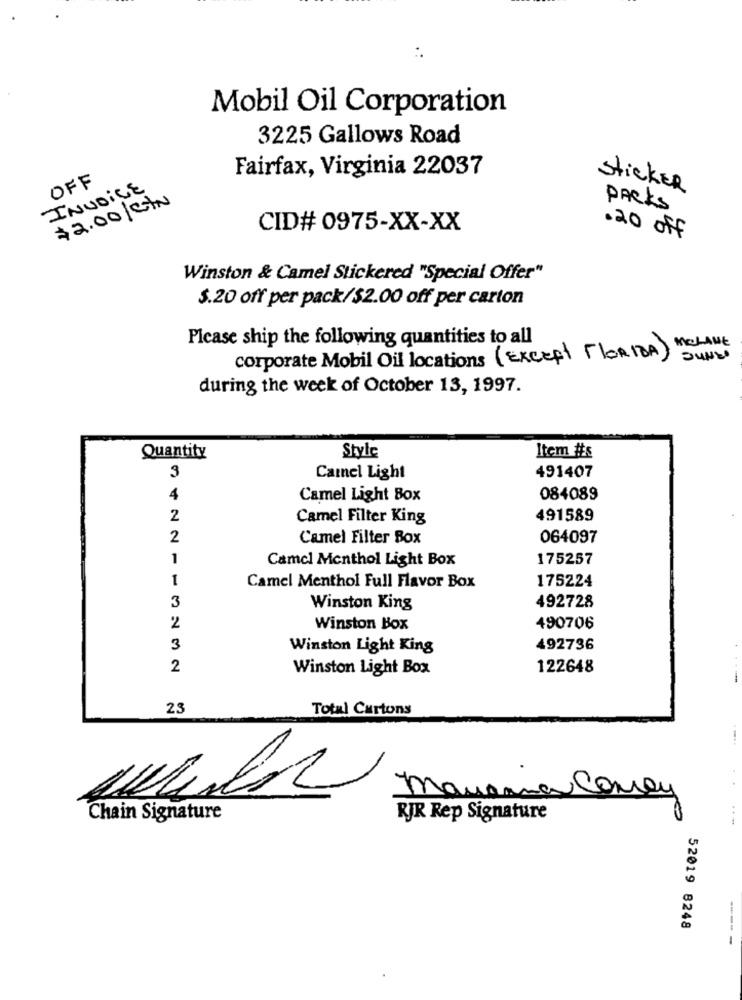
Mobil Oil Corporation
3225 Gallows Road
Fairfax, Virginia 22037
OFF
INVOICE
stickER
$2.00/CM
PACKS
CID# 0975-XX-XX
.20 off
Winston & Camel Stickered "Special Offer"
$.20 off per pack/$2.00 off per carton
Please ship the following quantities to all
corporate Mobil Oil locations (EXCEPT FLORIDA) MCLANE
SUNU
during the week of October 13, 1997.
Quantity
Style
Item #s
491407
3
Camel Light
4
Camel Light Box
084089
2
Camel Filter King
491589
2
Camel Filter Box
064097
1
Camel Menthol Light Box
175257
1
175224
Camel Menthol Full Flavor Box
3
Winston King
492728
2
Winston Box
490706
3
Winston Light King
492736
2
Winston Light Box
122648
23
Total Cartons
mausma Comey
Chain Signature
RJR Rep Signature
--
52019 8248